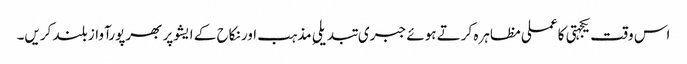
اس وقت یکجہتی کا عملی مظاہرہ کرتے ہوئے جبری تبدیلیِ مذہب اور نکاح کے ایشوپر بھرپورآواز بلند کریں۔